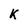
Character: K